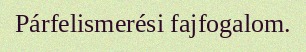
Párfelismerési fajfogalom.